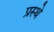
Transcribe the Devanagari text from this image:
प्रस्थे